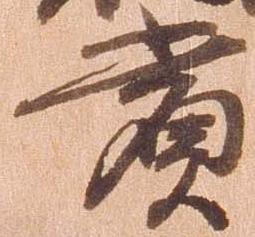
賞